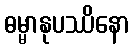
ဓမ္မာနုပဿိနော